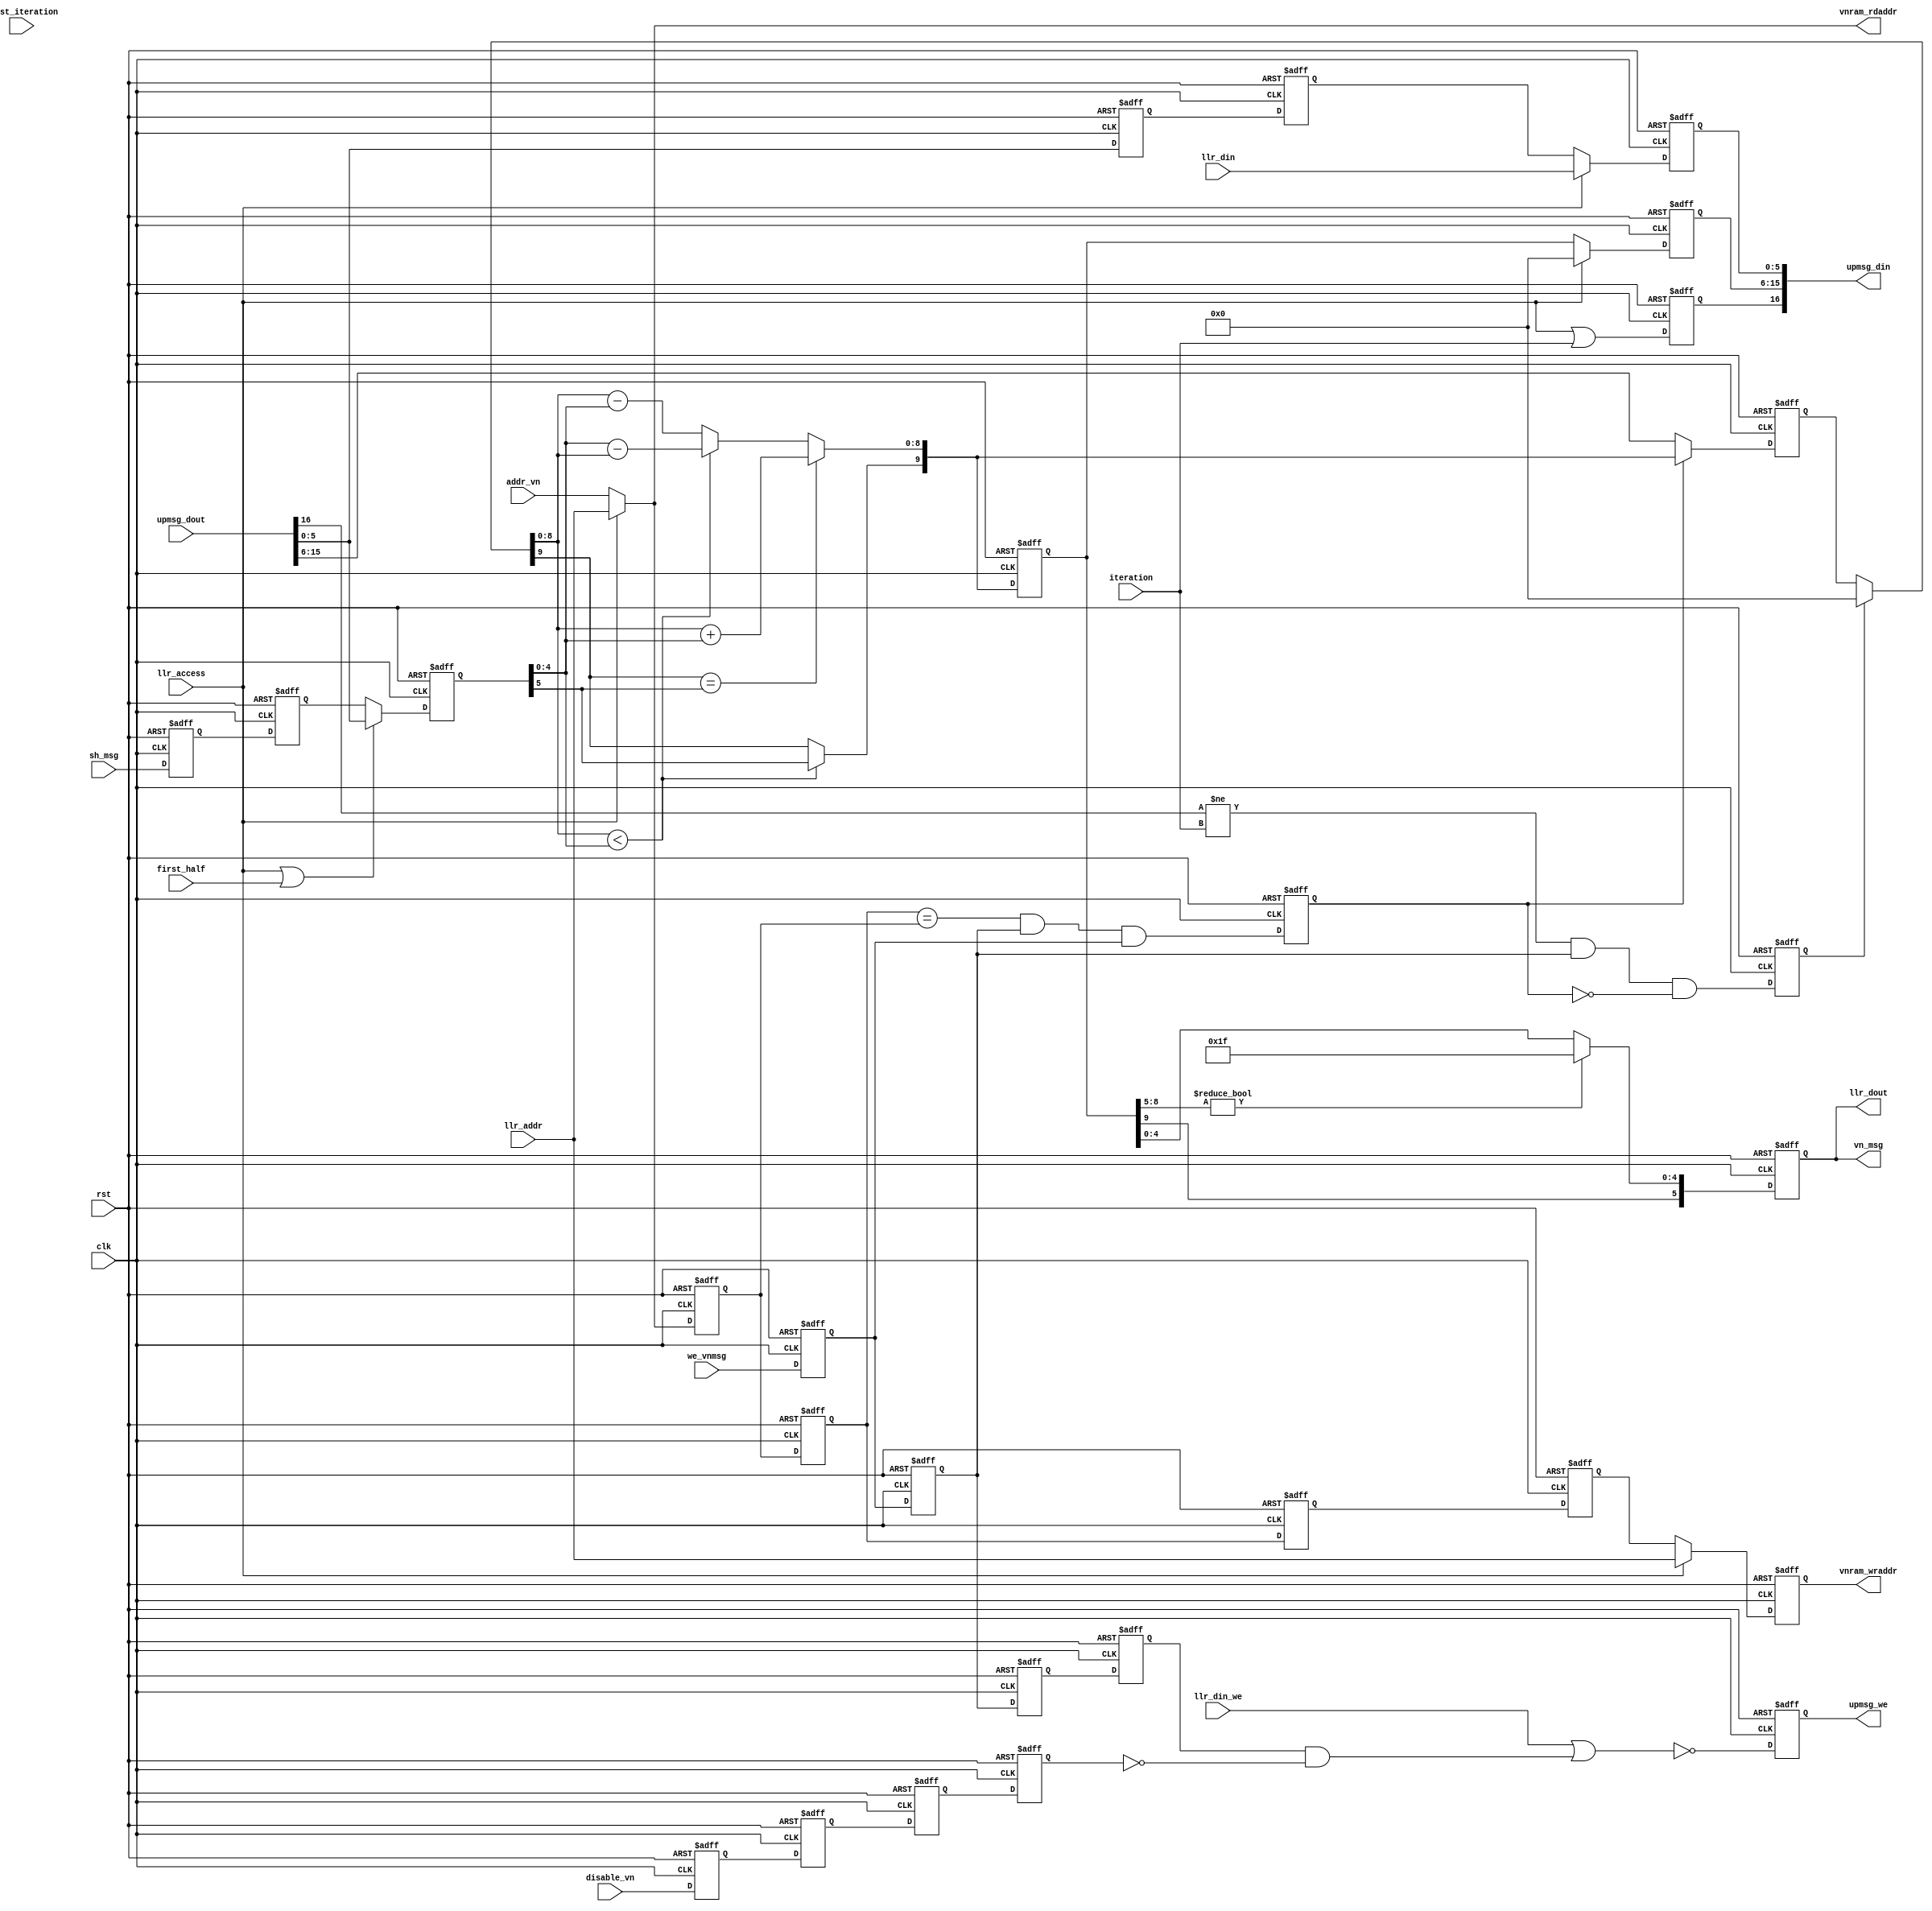

module ldpc_vn #(
  parameter FOLDFACTOR     = 1,
  parameter LLRWIDTH       = 6
)(
  input clk,
  input rst,

  // LLR I/O
  input                   llr_access,
  input[7+FOLDFACTOR-1:0] llr_addr,
  input                   llr_din_we,
  input[LLRWIDTH-1:0]     llr_din,
  output[LLRWIDTH-1:0]    llr_dout,

  // message control
  input                   iteration,
  input                   first_half,
  input                   first_iteration,  // ignore upmsgs
  input                   we_vnmsg,
  input                   disable_vn,
  input[7+FOLDFACTOR-1:0] addr_vn,

  // message I/O
  input[LLRWIDTH-1:0]  sh_msg,
  output[LLRWIDTH-1:0] vn_msg,

  // Attached RAM, holds iteration number, original LLR and message sum
  output[7+FOLDFACTOR-1:0] vnram_wraddr,
  output[7+FOLDFACTOR-1:0] vnram_rdaddr,
  output                   upmsg_we,
  output[2*LLRWIDTH+4:0]   upmsg_din,
  input[2*LLRWIDTH+4:0]    upmsg_dout
);

// Split RAM outputs
wire[LLRWIDTH-1:0] llr_orig;
wire[LLRWIDTH+3:0] stored_msg_sum;
wire               stored_iteration;

assign llr_orig         = upmsg_dout[LLRWIDTH-1:0];
assign stored_msg_sum   = upmsg_dout[2*LLRWIDTH+3:LLRWIDTH];
assign stored_iteration = upmsg_dout[2*LLRWIDTH+4];

/************************************************************
 * Add 1's complement numbers, assume overflow not possible *
 ************************************************************/
function[LLRWIDTH+3:0] AddNewMsg( input[LLRWIDTH+3:0] a,
                                  input[LLRWIDTH-1:0] b );
  reg               signa;
  reg               signb;
  reg[LLRWIDTH+2:0] maga;
  reg[LLRWIDTH+2:0] magb;
  
  reg[LLRWIDTH+2:0] sum;
  reg[LLRWIDTH+2:0] diffa;
  reg[LLRWIDTH+2:0] diffb;
  
  reg               add;
  reg               b_big;
  reg               sign;
  reg[LLRWIDTH+3:0] result;
  
begin
  // strip out magnitude and sign bits
  signa = a[LLRWIDTH+3];
  signb = b[LLRWIDTH-1];
  maga  = a[LLRWIDTH+2:0];
  magb  = { 4'b0000, b[LLRWIDTH-2:0] };

  // basic calculations
  sum   = maga + magb;
  diffa = maga - magb;
  diffb = magb - maga;
  
  // control bits
  add   = signa==signb;
  b_big = maga<magb;
  sign  = b_big ? signb : signa;

  if( add )
    result = { sign, sum };
  else if( b_big )
    result = { sign, diffb };
  else
    result = { sign, diffa };

  AddNewMsg = result;
end
endfunction

/*************************************************
 * Saturate message to fewer bits before passing *
 *************************************************/
function[LLRWIDTH-1:0] SaturateMsg( input[LLRWIDTH+3:0] a );
begin
  if( a[LLRWIDTH+2:LLRWIDTH-1] != 4'b0000 )
    SaturateMsg[LLRWIDTH-2:0] = { (LLRWIDTH-1){1'b1} };
  else
    SaturateMsg[LLRWIDTH-2:0] = a[LLRWIDTH-2:0];
  
  SaturateMsg[LLRWIDTH-1] = a[LLRWIDTH+3];
end
endfunction

/********************************************
 * Delays to align controls with RAM output *
 ********************************************/
localparam RAM_LATENCY = 2;

integer loopvar1;

reg[7+FOLDFACTOR-1:0] vnram_rdaddr_int;

reg[LLRWIDTH-1:0]     sh_msg_del[0:RAM_LATENCY-1];
reg                   we_vnmsg_del[0:RAM_LATENCY-1];
reg[7+FOLDFACTOR-1:0] vnram_rdaddr_del[0:RAM_LATENCY-1];
reg                   disable_del[0:RAM_LATENCY-1];    

wire[LLRWIDTH-1:0]     sh_msg_aligned_ram;
wire                   we_vnmsg_aligned_ram;
wire[7+FOLDFACTOR-1:0] vnram_rdaddr_aligned_ram;
wire                   disable_aligned_ram;

reg recycle_result;

// mux in alternative address for final read-out
assign vnram_rdaddr = vnram_rdaddr_int;
always @( * ) vnram_rdaddr_int <= #1 llr_access ? llr_addr : addr_vn;

assign sh_msg_aligned_ram       = sh_msg_del[RAM_LATENCY-1];
assign we_vnmsg_aligned_ram     = we_vnmsg_del[RAM_LATENCY-1];
assign vnram_rdaddr_aligned_ram = vnram_rdaddr_del[RAM_LATENCY-1];
assign disable_aligned_ram      = disable_del[RAM_LATENCY-1];    

always @( posedge rst, posedge clk )
  if( rst )
  begin
    for( loopvar1=0; loopvar1<RAM_LATENCY; loopvar1=loopvar1+1 )
    begin
      sh_msg_del[loopvar1]       <= 0;
      we_vnmsg_del[loopvar1]     <= 0;
      vnram_rdaddr_del[loopvar1] <= 0;
      disable_del[loopvar1]      <= 0;
    end
    recycle_result <= 0;
  end
  else
  begin
    sh_msg_del[0]        <= sh_msg;
    we_vnmsg_del[0]      <= we_vnmsg;
    vnram_rdaddr_del[0]  <= vnram_rdaddr_int; 
    disable_del[0]       <= disable_vn;

    for( loopvar1=1; loopvar1<RAM_LATENCY; loopvar1=loopvar1+1 )
    begin
      sh_msg_del[loopvar1]       <= sh_msg_del[loopvar1 -1];
      we_vnmsg_del[loopvar1]     <= we_vnmsg_del[loopvar1 -1];
      vnram_rdaddr_del[loopvar1] <= vnram_rdaddr_del[loopvar1 -1];
      disable_del[loopvar1]      <= disable_del[loopvar1 -1];
    end
    
    // Use previous result rather than the RAM contents for two adjacent
    // writes to the same address
    recycle_result <= (vnram_rdaddr_aligned_ram==vnram_rdaddr_del[RAM_LATENCY-2]) &
                      we_vnmsg_aligned_ram & we_vnmsg_del[RAM_LATENCY-2];
  end

/************************
 * Message calculations *
 ************************/
// Add initial LLR to message offset (except for first iteration)
reg[LLRWIDTH+3:0]  msg0_norst;
wire[LLRWIDTH+3:0] msg0;
reg[LLRWIDTH-1:0]  msg1;

wire start_new_upmsg;
reg  rst_msg0;

wire[LLRWIDTH+3:0] msg_sum;

reg[LLRWIDTH+3:0] msg_sum_reg;

// Add upmsg to the result, except:
// - during first iteration, since no upmsg exists
// - first message of each new iteration, where upmsg needs to be reset
assign start_new_upmsg = (stored_iteration!=iteration) & we_vnmsg_aligned_ram;

assign msg0 = rst_msg0 ? 0 : msg0_norst;

always @( posedge clk, posedge rst )
  if( rst )
  begin
    msg0_norst  <= 0;
    rst_msg0    <= 0;
    msg1        <= 0;
    msg_sum_reg <= 0;
  end
  else
  begin
    // msg0 = sum of received upstream messages
    // clear msg0 when beginning a new set of upstream messages
    msg0_norst <= recycle_result ? msg_sum : stored_msg_sum;
    rst_msg0   <= start_new_upmsg & ~recycle_result;
    
    msg1 <= (llr_access || first_half) ? llr_orig : sh_msg_aligned_ram;
    
    msg_sum_reg <= msg_sum;
  end

// When creating downstream messages, or preparing final result:
//      msg_sum = llr + sum of messages
// When receiving upstream messages:
//      msg_sum = new message + sum of messages
assign msg_sum = AddNewMsg( msg0, msg1 );

/****************************************
 * Delay controls to align with msg_sum *
 ****************************************/
localparam CALC_LATENCY = 2;

integer loopvar2;

reg                   we_vnmsg_del2[0:RAM_LATENCY-1];
reg[7+FOLDFACTOR-1:0] vnram_rdaddr_del2[0:RAM_LATENCY-1];
reg[LLRWIDTH-1:0]     llrram_dout_del2[0:RAM_LATENCY-1];
reg                   disable_del2[0:RAM_LATENCY-1];    

wire                   we_vnmsg_aligned_msg;
wire[7+FOLDFACTOR-1:0] vnram_rdaddr_aligned_msg;
wire[LLRWIDTH-1:0]     llrram_dout_aligned_msg;
wire                   disable_aligned_msg;

assign we_vnmsg_aligned_msg     = we_vnmsg_del2[RAM_LATENCY-1];
assign vnram_rdaddr_aligned_msg = vnram_rdaddr_del2[RAM_LATENCY-1];
assign llrram_dout_aligned_msg  = llrram_dout_del2[RAM_LATENCY-1];
assign disable_aligned_msg      = disable_del2[RAM_LATENCY-1];    

always @( posedge rst, posedge clk )
  if( rst )
  begin
    for( loopvar2=0; loopvar2<RAM_LATENCY; loopvar2=loopvar2+1 )
    begin
      we_vnmsg_del2[loopvar2]     <= 0;
      vnram_rdaddr_del2[loopvar2] <= 0;
      llrram_dout_del2[loopvar2]  <= 0;
      disable_del2[loopvar2]      <= 0;
    end
  end
  else
  begin
    we_vnmsg_del2[0]      <= we_vnmsg_aligned_ram;
    vnram_rdaddr_del2[0]  <= vnram_rdaddr_aligned_ram; 
    llrram_dout_del2[0]   <= llr_orig;
    disable_del2[0]       <= disable_aligned_ram;

    for( loopvar2=1; loopvar2<RAM_LATENCY; loopvar2=loopvar2+1 )
    begin
      we_vnmsg_del2[loopvar2]     <= we_vnmsg_del2[loopvar2 -1];
      vnram_rdaddr_del2[loopvar2] <= vnram_rdaddr_del2[loopvar2 -1];
      llrram_dout_del2[loopvar2]  <= llrram_dout_del2[loopvar2 -1];
      disable_del2[loopvar2]      <= disable_del2[loopvar2 -1];
    end
  end

/*******************************
 * Write message totals to RAM *
 *******************************/
reg[7+FOLDFACTOR-1:0] vnram_wraddr_int;
reg[LLRWIDTH-1:0]     new_llr;
reg                   new_iteration;
reg[LLRWIDTH+3:0]     new_msg_sum;
reg                   upmsg_we_int;

assign vnram_wraddr = vnram_wraddr_int;
assign upmsg_din    = { new_iteration, new_msg_sum, new_llr };
assign upmsg_we     = upmsg_we_int;

always @( posedge rst, posedge clk )
  if( rst )
  begin
    vnram_wraddr_int <= 0;
    new_llr          <= 0;
    new_msg_sum      <= 0;
    new_iteration    <= 0;
    upmsg_we_int     <= 1;
  end
  else
  begin
    // mux and register outputs
    vnram_wraddr_int <= #1 llr_access ? llr_addr : vnram_rdaddr_aligned_msg;
    new_llr          <= #1 llr_access ? llr_din  : llrram_dout_aligned_msg;
    new_msg_sum      <= #1 llr_access ? 0        : msg_sum_reg;
    
    new_iteration    <= #1 llr_access | iteration;
    
    upmsg_we_int     <= #1 ~(llr_din_we | (we_vnmsg_aligned_msg & ~disable_aligned_msg));
  end

/*****************************************************************
 * Saturate message to fewer bits for message passing and output *
 *****************************************************************/
reg[LLRWIDTH-1:0] vn_msg_int;

assign llr_dout = vn_msg_int;
assign vn_msg   = vn_msg_int;

always @( posedge rst, posedge clk )
  if( rst )
    vn_msg_int <= 0;
  else
    vn_msg_int <= SaturateMsg(msg_sum_reg);

endmodule